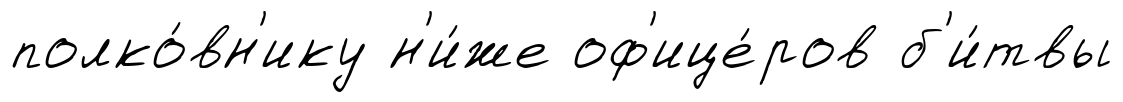
полко́вн'ику н'и́же оф'ице́ров б'и́твы